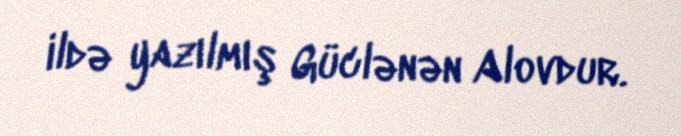
ildə yazılmış Güclənən Alovdur.